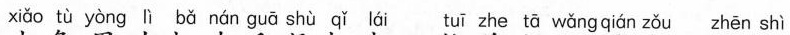
xiǎo tù yòng lì bǎ nán guā shù qǐ lái tuī zhe tā wǎng qián zǒu zhēn shì